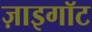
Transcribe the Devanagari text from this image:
ज़ाइगॉट